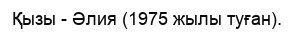
Қызы - Әлия (1975 жылы туған).